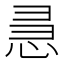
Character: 𭜵